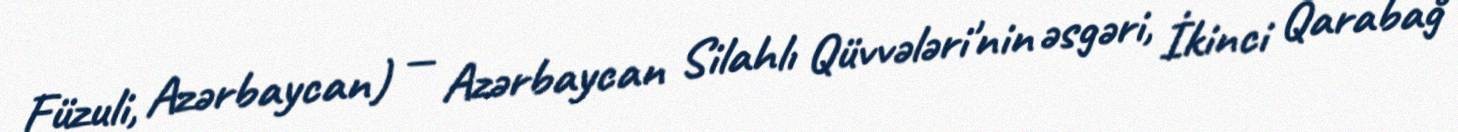
Füzuli, Azərbaycan) — Azərbaycan Silahlı Qüvvələri'nin əsgəri, İkinci Qarabağ